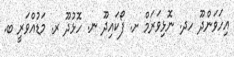
އިހަވަންދޫ ހދ. ނޮޅިވަރަމް ށ. ފޯކައިދޫ ނ. ހޮޅުދޫ ރ. މަޑުއްވަރީ ބ.